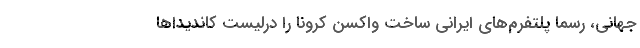
جهانی، رسما پلتفرم‌های ایرانی ساخت واکسن کرونا را درلیست کاندیداها